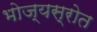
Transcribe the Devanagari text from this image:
भोज्यस्रोत